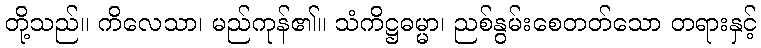
တို့သည်။ ကိလေသာ၊ မည်ကုန်၏။ သံကိဋ္ဌဓမ္မာ၊ ညစ်နွမ်းစေတတ်သော တရားနှင့်